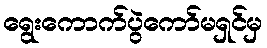
ရွေးကောက်ပွဲကော်မရှင်မှ